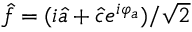
\hat { f } = ( i \hat { a } + \hat { c } e ^ { i \varphi _ { a } } ) / \sqrt { 2 }